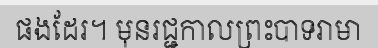
ផងដែរ។ មុនរជ្ជកាលព្រះបាទរាមា